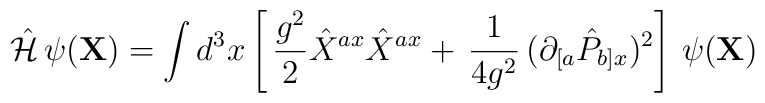
{\hat{\cal  H}}   \,   \psi   ({\bf    X})    =     \int    d^{3}x  \left[ \,\frac{g^2}{2}{\hat X}^{ax} {\hat X}^{ax} + \, \frac{1}{4g^2} \, (\partial_{[a} {\hat P}_{b]x} )^2 \right] \, \psi({\bf X})